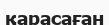
қарасаған